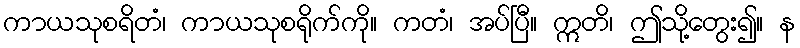
ကာယသုစရိတံ၊ ကာယသုစရိုက်ကို။ ကတံ၊ အပ်ပြီ။ ဣတိ၊ ဤသို့တွေး၍။ န